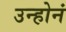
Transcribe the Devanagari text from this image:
उन्होनं